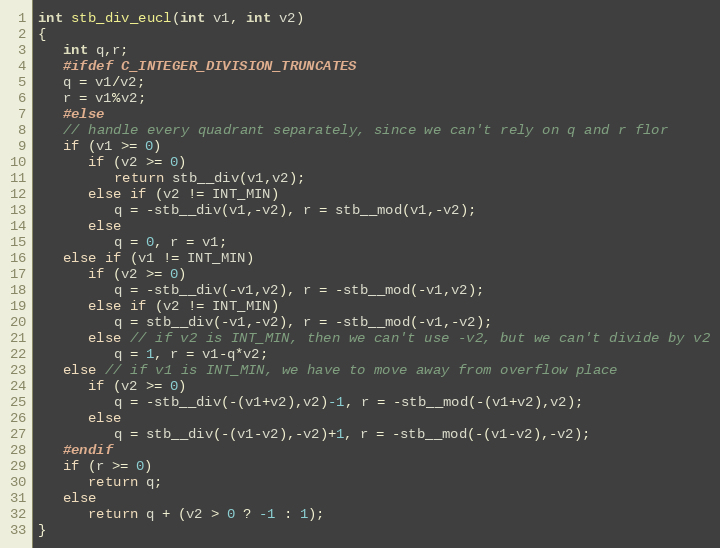
Language: C
int stb_div_eucl(int v1, int v2)
{
   int q,r;
   #ifdef C_INTEGER_DIVISION_TRUNCATES
   q = v1/v2;
   r = v1%v2;
   #else
   // handle every quadrant separately, since we can't rely on q and r flor
   if (v1 >= 0)
      if (v2 >= 0)
         return stb__div(v1,v2);
      else if (v2 != INT_MIN)
         q = -stb__div(v1,-v2), r = stb__mod(v1,-v2);
      else
         q = 0, r = v1;
   else if (v1 != INT_MIN)
      if (v2 >= 0)
         q = -stb__div(-v1,v2), r = -stb__mod(-v1,v2);
      else if (v2 != INT_MIN)
         q = stb__div(-v1,-v2), r = -stb__mod(-v1,-v2);
      else // if v2 is INT_MIN, then we can't use -v2, but we can't divide by v2
         q = 1, r = v1-q*v2;
   else // if v1 is INT_MIN, we have to move away from overflow place
      if (v2 >= 0)
         q = -stb__div(-(v1+v2),v2)-1, r = -stb__mod(-(v1+v2),v2);
      else
         q = stb__div(-(v1-v2),-v2)+1, r = -stb__mod(-(v1-v2),-v2);
   #endif
   if (r >= 0)
      return q;
   else
      return q + (v2 > 0 ? -1 : 1);
}